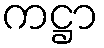
ကဋ္ဌာ